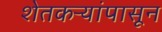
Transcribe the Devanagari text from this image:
शेतकऱ्यांपासून